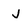
Character: j